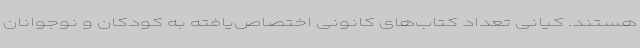
هستند. کیانی تعداد کتاب‌های کانونی اختصاص‌یافته به کودکان و نوجوانان